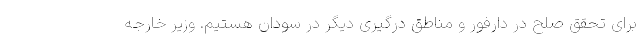
برای تحقق صلح در دارفور و مناطق درگیری دیگر در سودان هستیم. وزیر خارجه